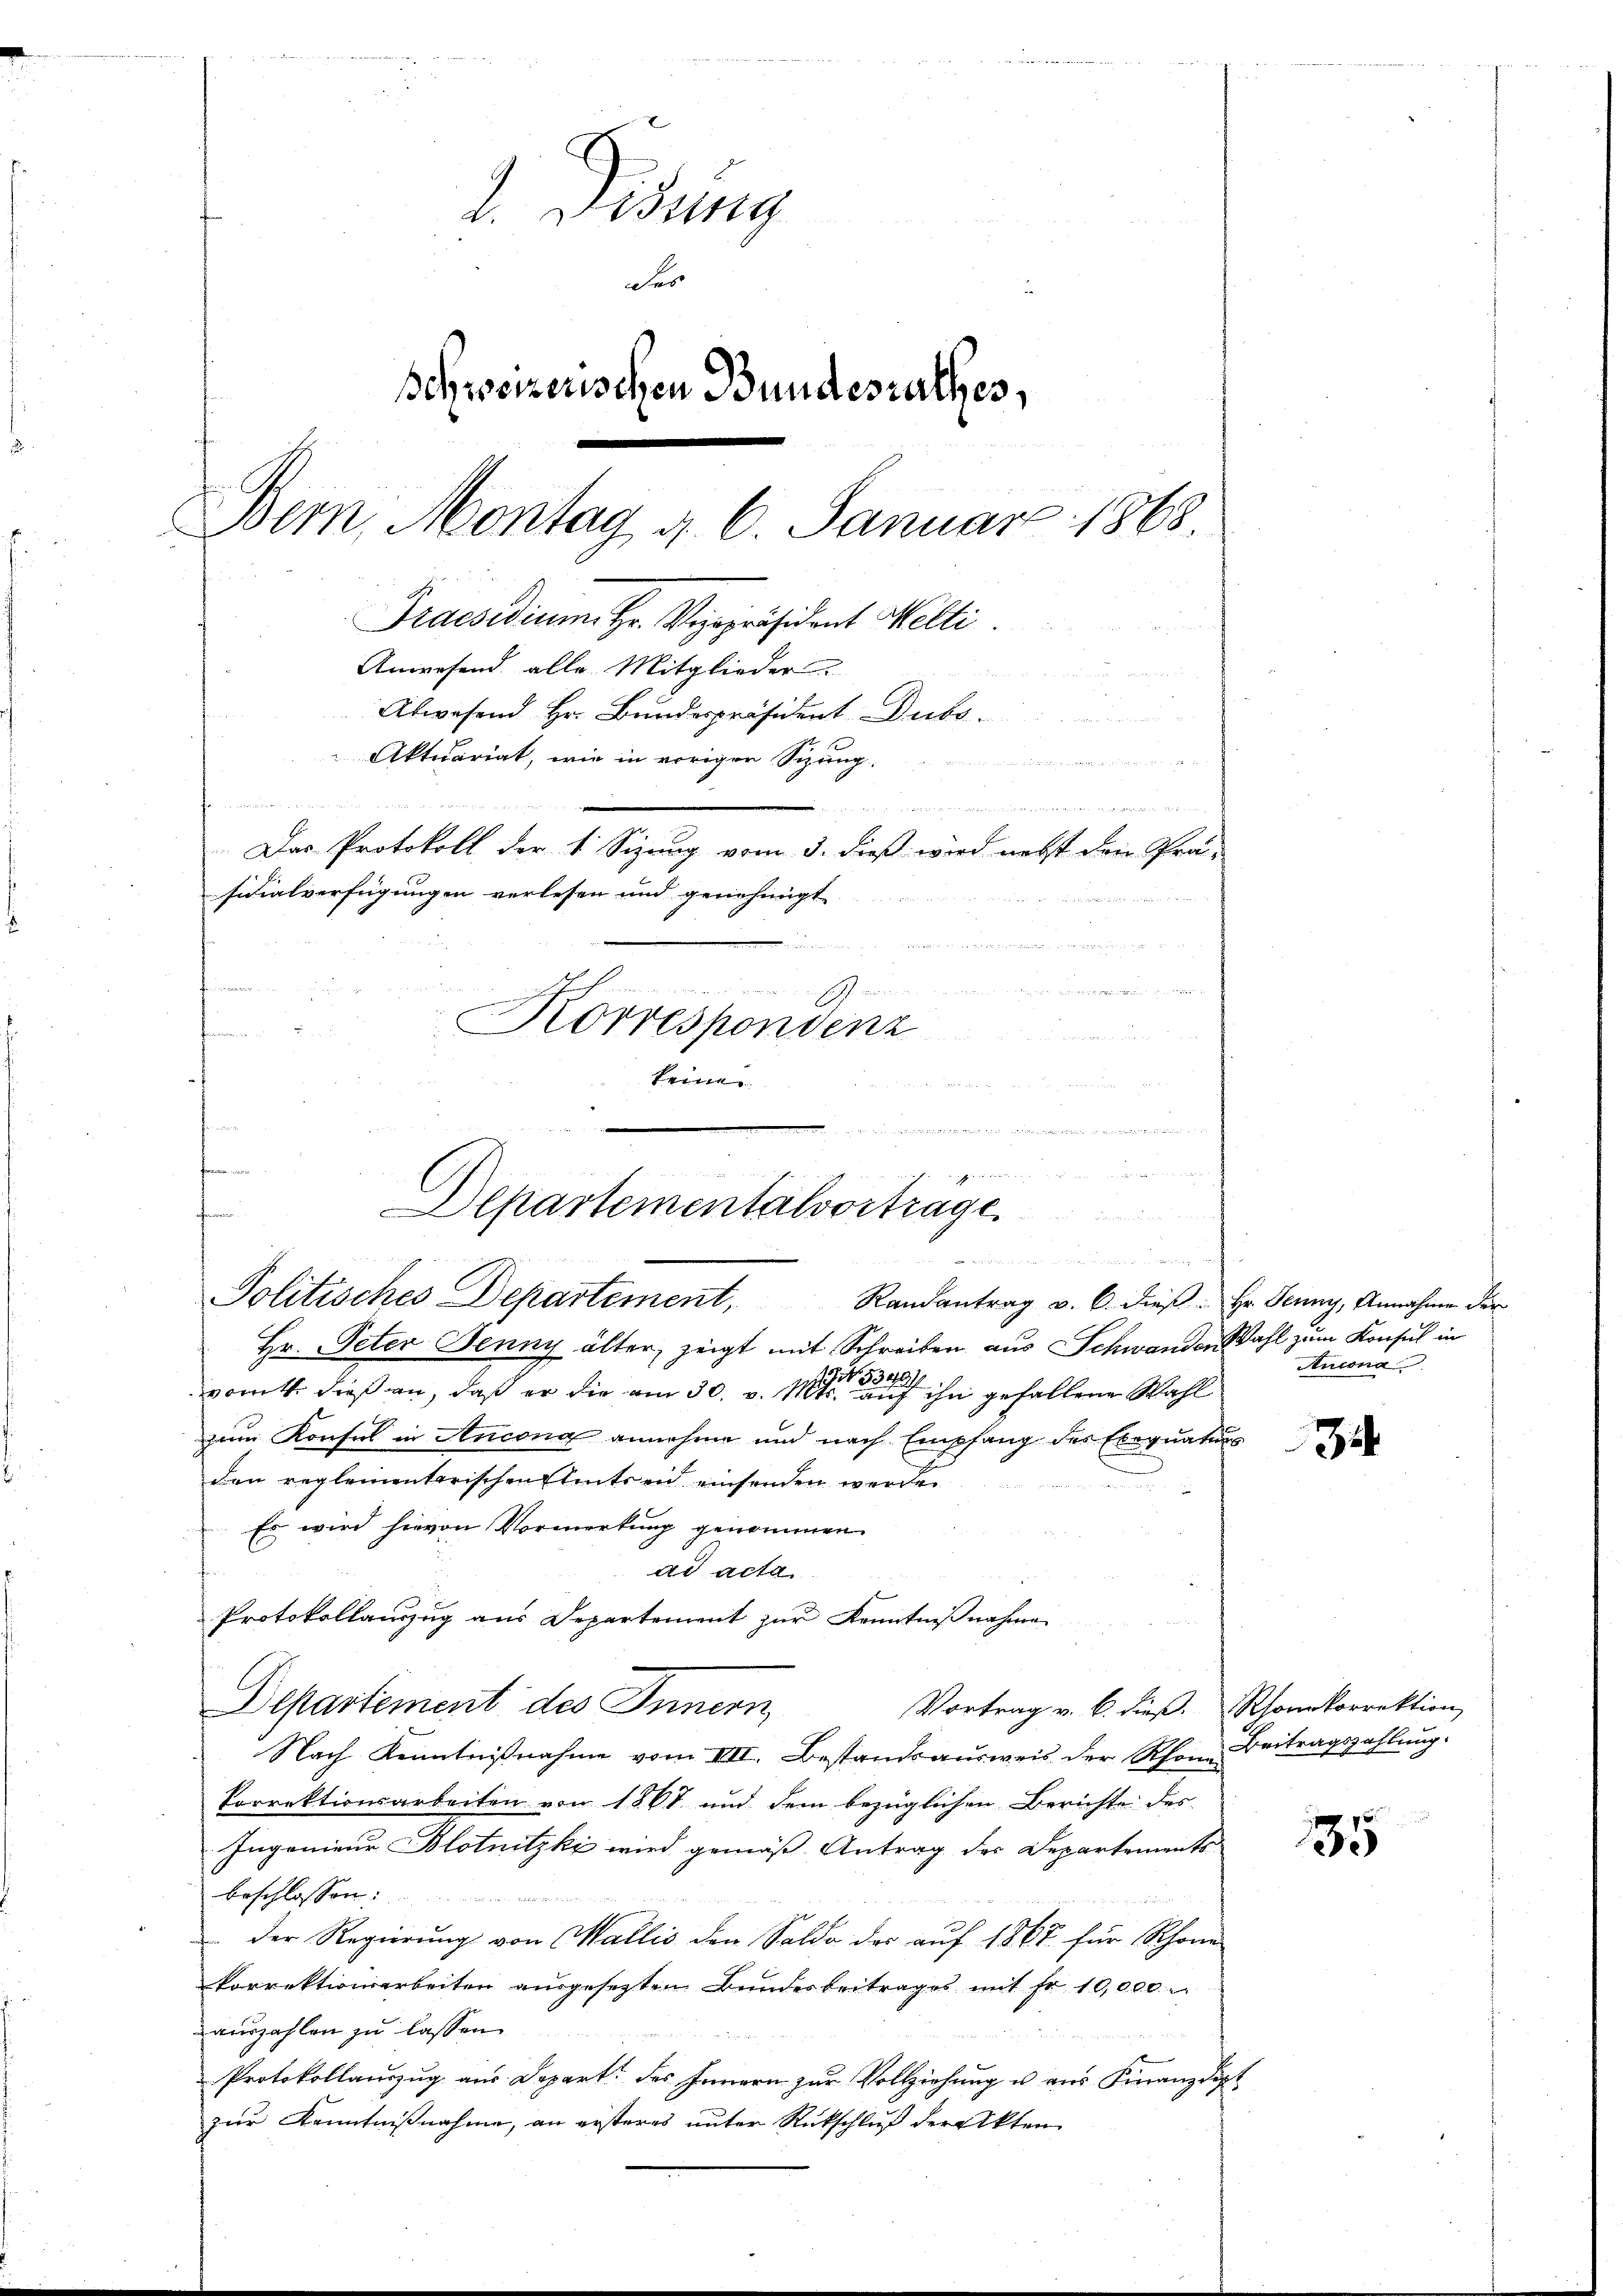
1. Didung
Ser
Schweizerischen Bundesrathes,
Bem. Montag d. 6. Januar 1863.
Praesidium. Hr. Vizepräsident Welti
Anwesend alle Mitglieder.
Abwesend Hr. Bundespräsident Dubs
Aktuariat, wie in vorigen Sizung.

ha mit warmerinnen, aus
   gegen werden
Das Protokoll der 1. Sizung vom 3. dieß wird nebst den Prä-
sidialverfügungen verlesen und genehmigt
.

n

Korrespondenz
n
a
keine

un
n
n
                 Gegen weiten nicht werden Gemein
Departementalvortrage
n

Politisches Departement, Randantrag v. 6. dieβ. Hr. Jenny, Annahme der

Hr. Peter Jenny älter, zeigt mit Schreiben aus Schwander Wahl zum Konsul in
vomit dieß an, daß er die am 30. v. 111 eine ihn gefallene Wahl
zum Konsul in Ancona annehme und nach Empfang des Exequaturs
den reglementarischen Amtseid einsenden werden
Es wird hievon Vormerkung genommen.
ad acta
Protokollauszug aus Departement zur Kenntnißnahme
Departement des Innern,
Vortrag v. 6. dieß. Rhonkorrektion
Nach Kenntnißnahme vom VIII. Bestandsausweis der Rhone
Porrektionsarbeiten von 1861 und dem bezüglichen Berichte des
Ingenieur Blotnitzki wird gemäß Antrag des Departements
beschlossen:
der Regierŭng von Wallis den Saldo des aŭf 1867 für Schöne
korrektionsarbeiten ausgesetzten Bundesbeitrages mit fr. 10,000
auszahlen zu lassen.
Protokollanzzug aus Depart. des Innern zur Vollziehung u aus Finanzdipt
zur Kenntnißnahme, an ersteres unter Rückschluß der Akten

Ancona

Beitragszahlung.

2

35